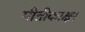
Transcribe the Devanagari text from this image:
मीतीकाक्षर